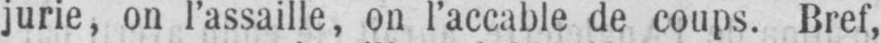
jurie, on l’assaille, on l’accable de coups. Bref,